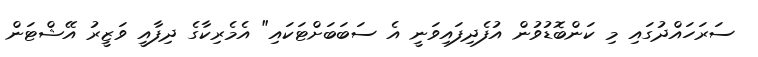
ސަރަހައްދުގައި މި ކަންބޮޑުވުން އުފެދިފައިވަނީ އެ ސަބަބަށްޓަކައި" އެމެރިކާގެ ދިފާއީ ވަޒީރު އޭޝްޓަން